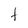
Character: f